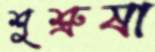
শুশ্রুষা